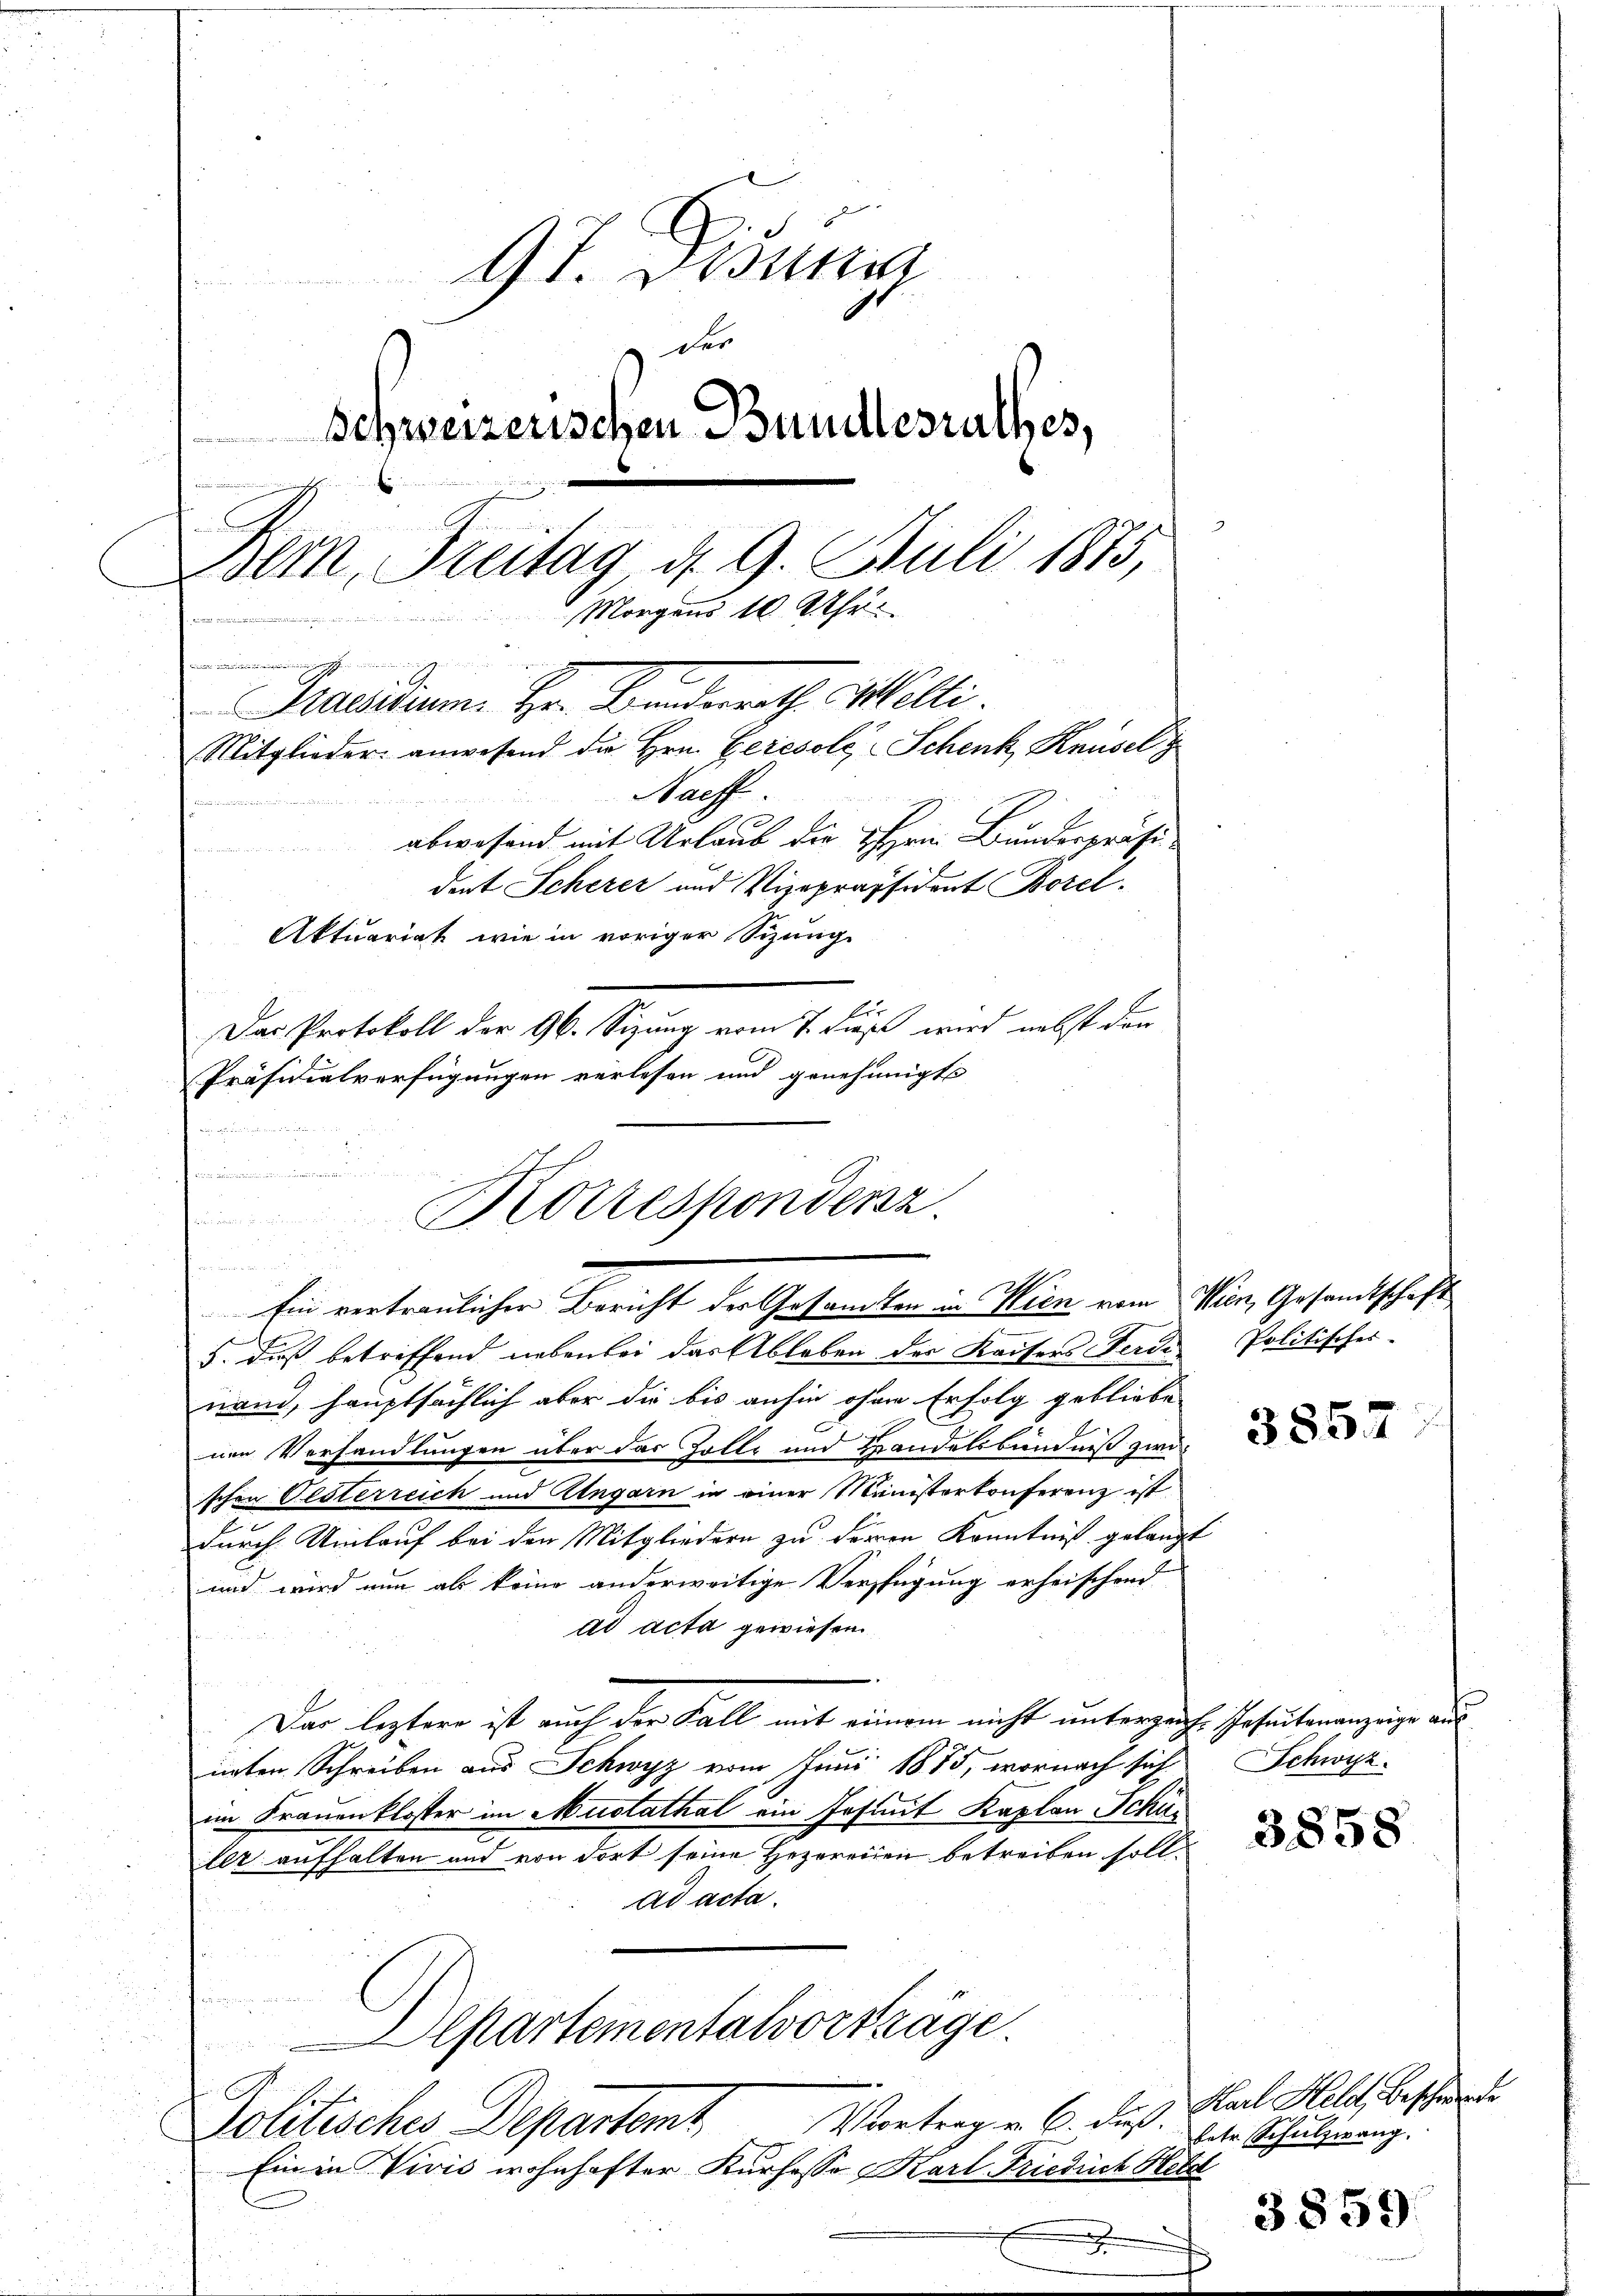
9 I. Besti
der
Schweizerischen Bundesrathes,
Bern, Breitag d. 9. Juli 1883,
 Morgens 10 Uhr.

 nein einen fossen
Haesidium. Hr. Branderrath Colli.
Mitglieder anwesend die Hrn. Geresole Schenk Knüsel z
Bacff.
Linie
abwesend mit Urlaub die Hrn. Bunderpräsi
dent Scherer und Vizepräsident Bozel.
Aktuariat wie in voriger Sitzung
r
Das Protokoll der 96. Sizung vom 7. dieß wird nebst den
Präsidialverfügungen verlesen und genehmigte

5. dieß betreffend nebenbei das Ableben der Kaisers Ferde Politisches-
nand, hauptsächlich aber die bis anhin ohne Erfolg gebliebe
nen Verhandlungen über das Zolle und Handelsbündniß zwischen Oesterreich und Ungarn in einer Ministerkonferenz ist
durch Umlauf bei den Mitgliedern zu Herren Kenntniß gelangt
und wird nun als keine anderweitige Verfügung erheischend
ad acta gewiesen.
Dar leztere ist auch der Fall mit einem nicht unterzeiche Geseitenanzeige aus
inten Schreiben aus Schwyz vom Juni 1885, wornach sich
im Frauenkloster im Mustathal ein Insint Kaplan Schan
ler aufhalten und von dort seine Hezereiten betreiben sollad acta.
Departementalvorträge.
f.
Vortrag v. 6. Fuß.
Solitisches Departem
Ein in Vivić wohnhafter Kurhesso Karl Friedurch Heta
x

echen der einer S
a
Korrespondenz.
 25
Ein vertraulicher Bericht der Gesandten in Wien vom Wien, Gesandtschaft

3857

Schwyz.

3858

Karl Held, Beschwerde
betr. Schulzwang.

3859.